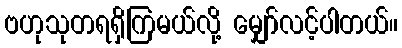
ဗဟုသုတရရှိကြမယ်လို့ မျှော်လင့်ပါတယ်။